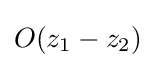
O(z_{1}-z_{2})